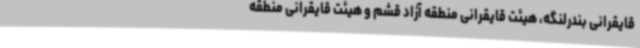
قایقرانی بندرلنگه، هیئت قایقرانی منطقه آزاد قشم و هیئت قایقرانی منطقه